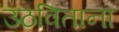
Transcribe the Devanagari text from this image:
उठविताना